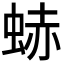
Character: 𧋒